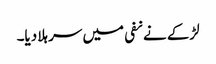
لڑکے نے نفی میں سر ہلا دیا۔